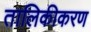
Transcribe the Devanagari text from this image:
तालिकीकरण